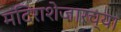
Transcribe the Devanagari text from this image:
मंदिराशेजारच्या